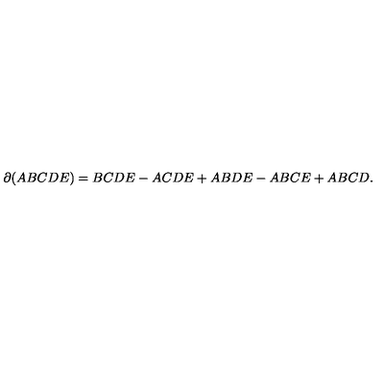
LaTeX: \partial ( A B C D E ) = B C D E - A C D E + A B D E - A B C E + A B C D .